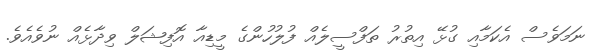
ނަމަވެސް އެކަމާއި ގުޅޭ އިތުރު ތަފްސީލެއް ފުލުހުންގެ މީޑިއާ އޮފިޝަލް ވިދާޅެއް ނުވެއެވެ.